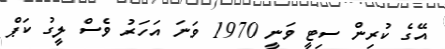
އޭގެ ކުރިން ސިޓީ ވަނީ 1970 ވަނަ އަހަރު ވެސް ލީގު ކަޕް